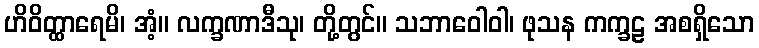
ဟိဝိတ္ထာရေမိ၊ အံ့။ လက္ခဏာဒီသု၊ တို့တွင်။ သဘာဝေါဝါ၊ ဖုသန ကက္ခဠ အစရှိသော